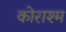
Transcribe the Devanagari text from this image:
कोराश्म